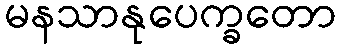
မနသာနုပေက္ခတော